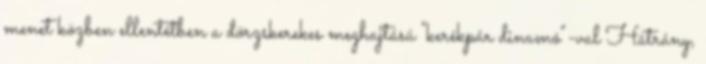
menet közben ellentétben a dörzskerekes meghajtású "kerékpár dinamó"-val Hátrány,